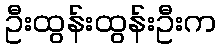
ဦးထွန်းထွန်းဦးက